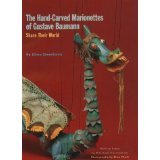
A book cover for The Hand-Carved Marionettes of Gustave Baumann: Share Their World; Ellen Zieselman; Crafts, Hobbies & Home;